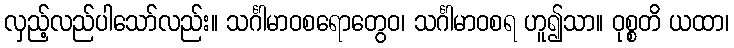
လှည့်လည်ပါသော်လည်း။ သင်္ဂါမာဝစရောတွေဝ၊ သင်္ဂါမာဝစရ ဟူ၍သာ။ ဝုစ္စတိ ယထာ၊